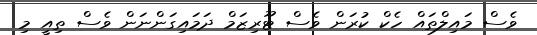
ވެސް މައިލްތައް ހެކް ކުރަން ވެސް ޓޫރިޒަމް ދަމައިގަންނަން ވެސް ތިއީ މި